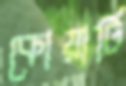
কোয়ার্টি